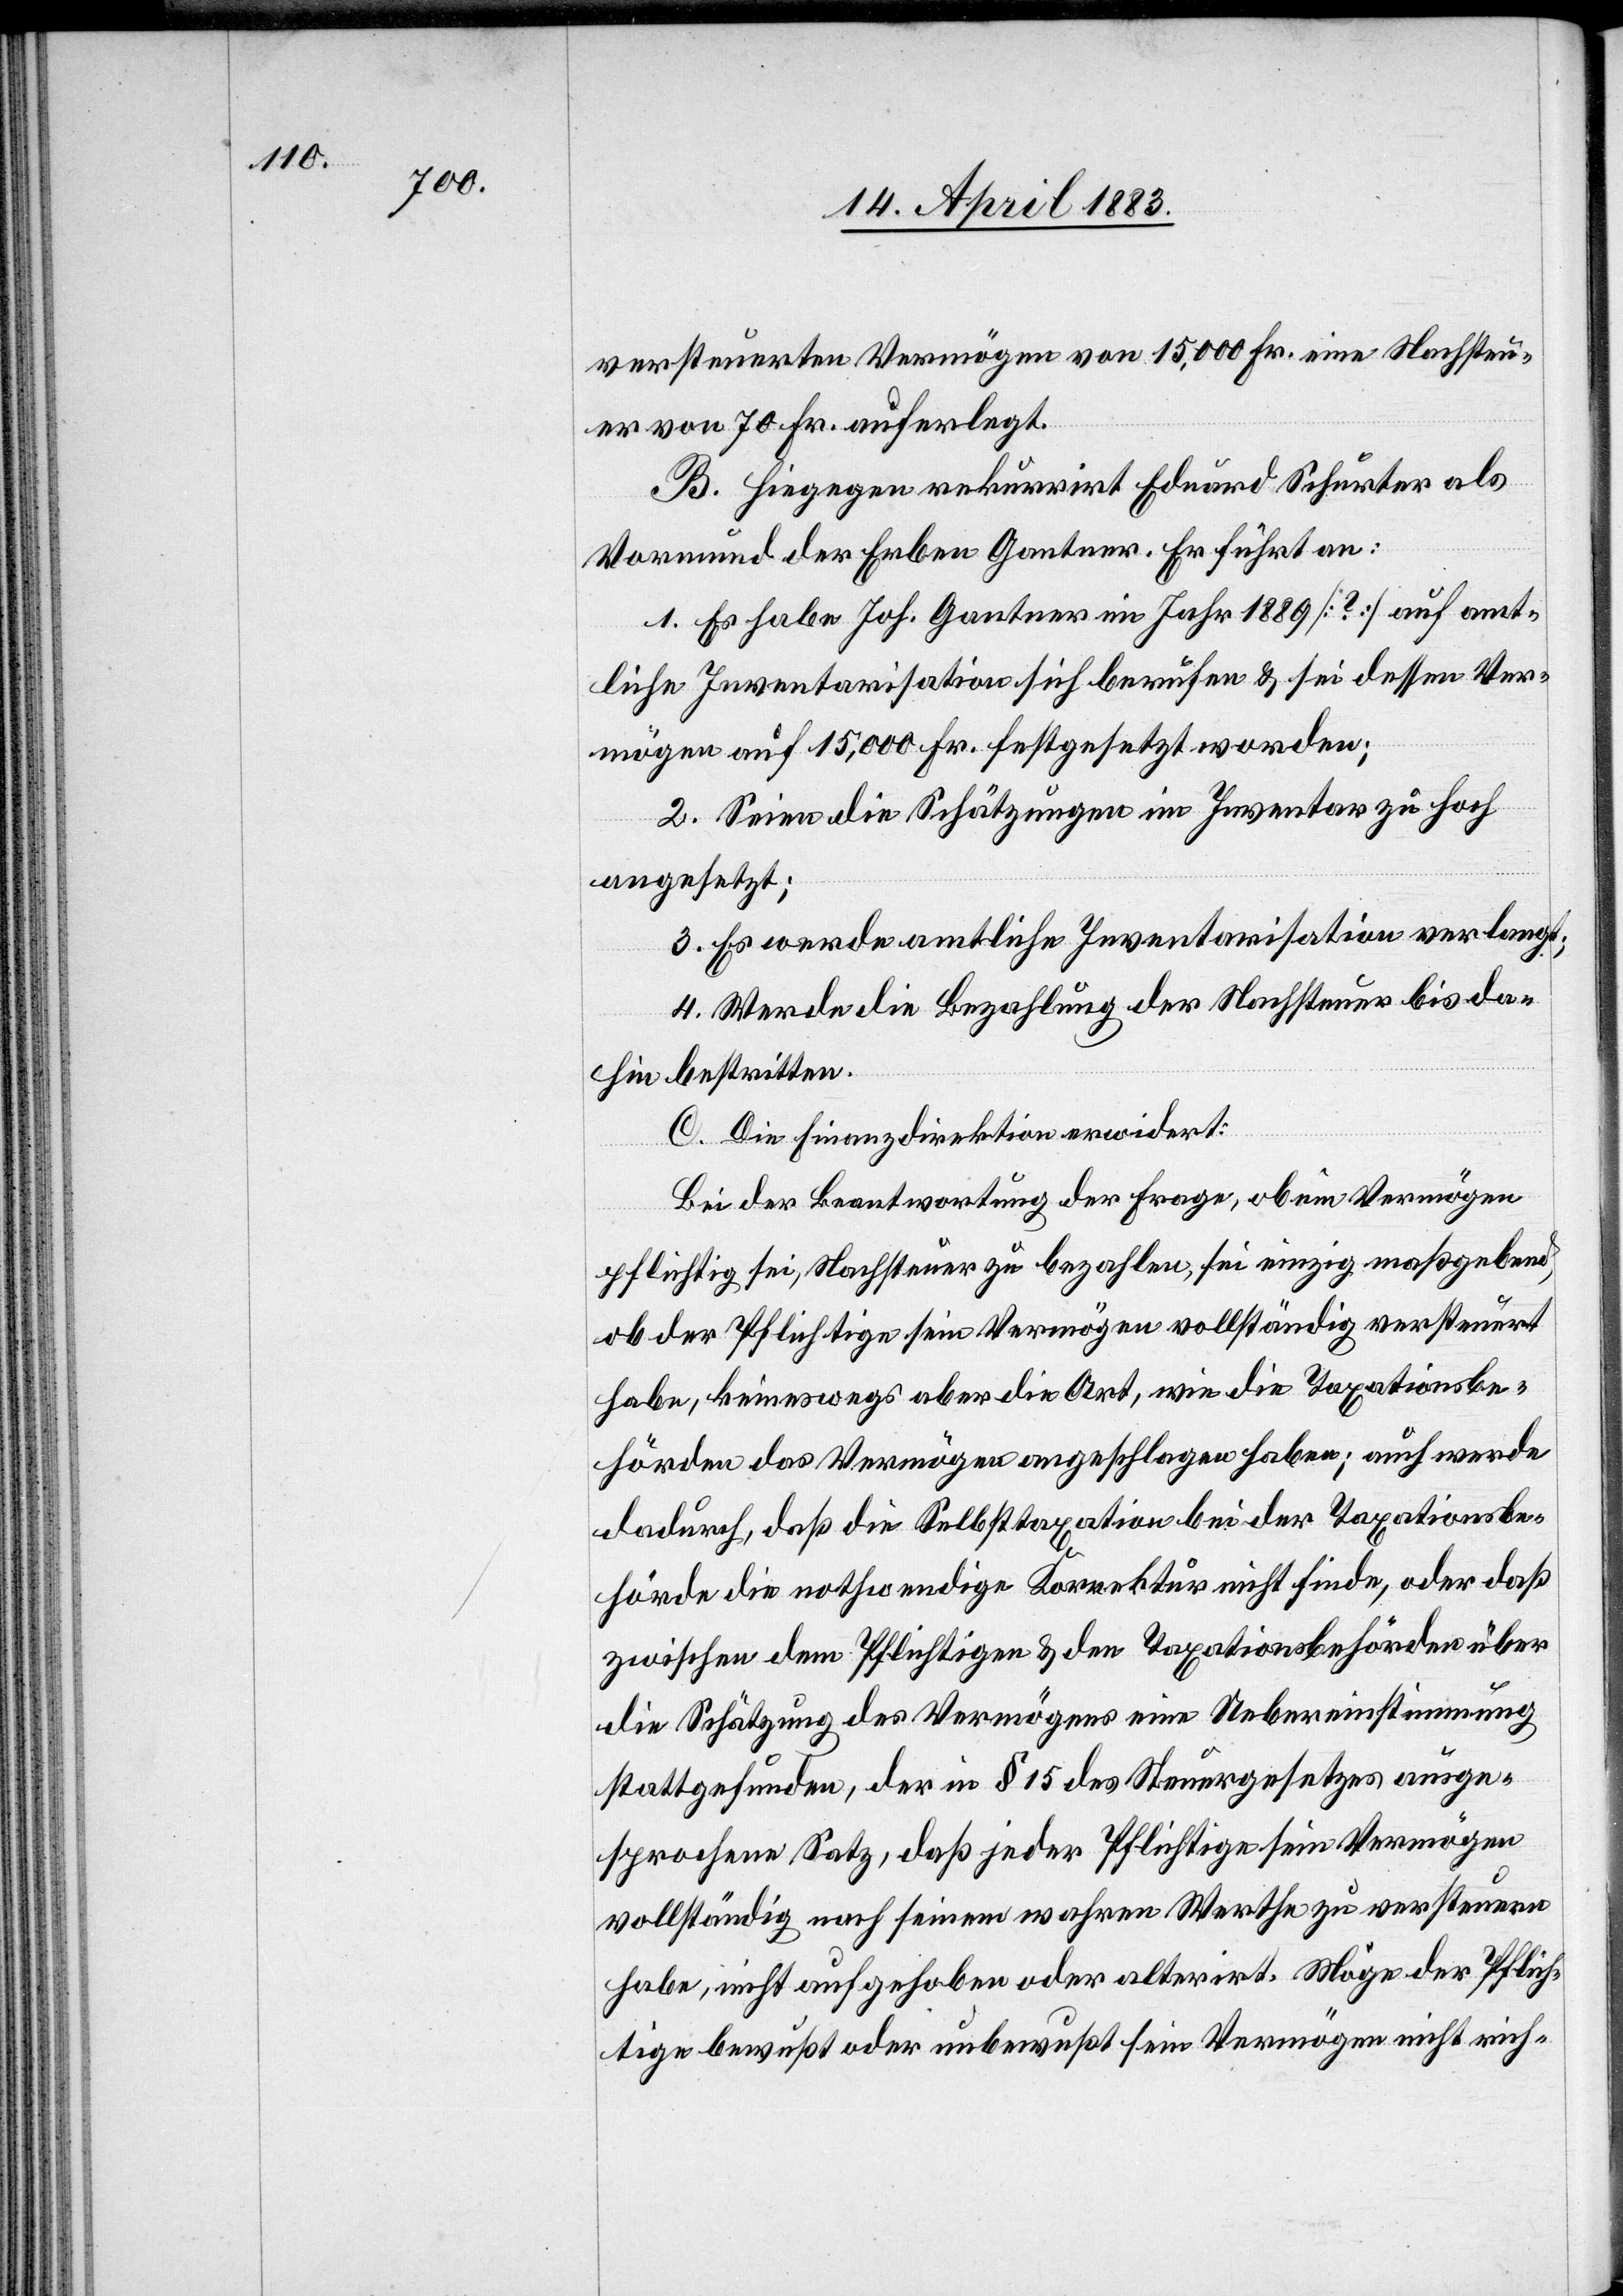
versteuerten Vermögen von 15,000 Fr. eine Nachsteu¬
er von 70 Fr. auferlegt.
B. Hiegegen rekurrirt Eduard Schurter als
Vormund der Erben Gantner. Er führt an:
1. Es habe Joh. Gantner im Jahr 1889 [?] auf amt¬
liche Inventarisation sich berufen & sei dessen Ver¬
mögen auf 15,000 Fr. festgesetzt worden;
2. Seien die Schätzungen im Inventar zu hoch
angesetzt;
3. Es werde amtliche Inventarisation verlangt;
4. Werde die Bezahlung der Nachsteuer bis da¬
hin bestritten.
C. Die Finanzdirektion erwidert:
Bei der Beantwortung der Frage, ob ein Vermögen
pflichtig sei, Nachsteuer zu bezahlen, sei einzig maßgebend,
ob der Pflichtige sein Vermögen vollständig versteuert
habe, keineswegs aber die Art, wie die Taxationsbe¬
hörden das Vermögen angeschlagen haben; auch werde
dadurch, daß die Selbsttaxation bei der Taxationsbe¬
hörde die nothwendige Korrektur nicht finde, oder daß
zwischen dem Pflichtigen & den Taxationsbehörden über
die Schätzung des Vermögens eine Uebereinstimmung
stattgefunden, der in § 15 des Steuergesetzes ausge¬
sprochene Satz, daß jeder Pflichtige sein Vermögen
vollständig nach seinem wahren Werthe zu versteuern
habe, nicht aufgehoben oder alterirt. Möge der Pflich¬
tige bewußt oder unbewußt sein Vermögen nicht rich-